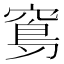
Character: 𥧈